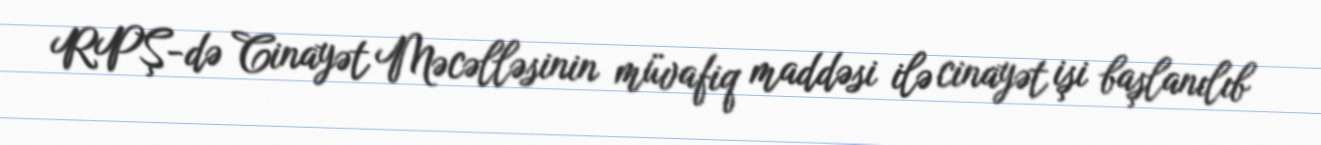
RPŞ-də Cinayət Məcəlləsinin müvafiq maddəsi ilə cinayət işi başlanılıb